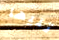
تليها